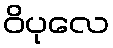
ဝိပုလေ